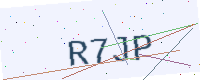
Text: R7JP